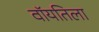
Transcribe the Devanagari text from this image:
वॉयतिला